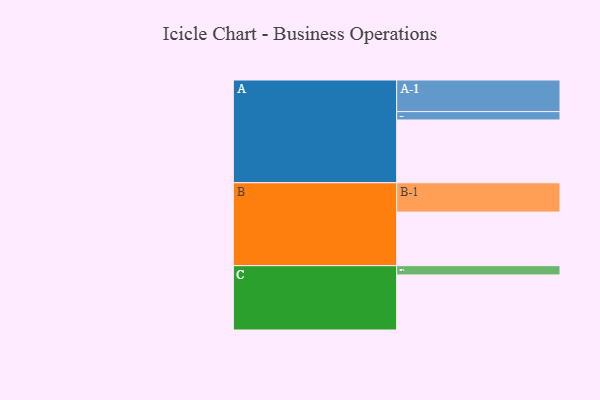
{"axis": {"x": "Segment", "y": "Value"}, "legend": ["", "A", "B", "C"], "data": [{"x": "A", "y": 570, "type": ""}, {"x": "B", "y": 487, "type": ""}, {"x": "C", "y": 500, "type": ""}, {"x": "A-1", "y": 287, "type": "A"}, {"x": "A-2", "y": 76, "type": "A"}, {"x": "B-1", "y": 266, "type": "B"}, {"x": "C-1", "y": 84, "type": "C"}]}